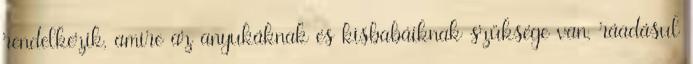
rendelkezik, amire az anyukáknak és kisbabáiknak szüksége van, ráadásul